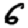
Digit: 6